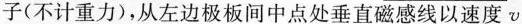
子(不计重力)，从左边极板间中点处垂直磁感线以速度v